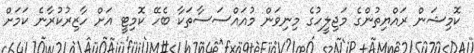
ކޮމިޝަން ރައްޔިތުންގެ މަޖިލީހުގެ މިނިވަން މުއައްސަސާތަކާ ބެހޭ ކޮމިޓީ އަށް ހާޒިރުކުރާނެ ކަމަށް